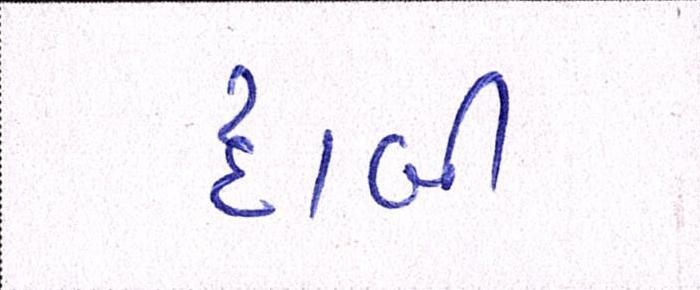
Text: દાબી